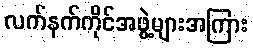
လက်နက်ကိုင်အဖွဲ့များအကြား